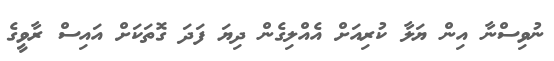
ނުވިސްނާ އިން ޔަލާ ކުރިއަށް އެއްލިގެން ދިޔަ ފަދަ ގޮތަކަށް އައިސް ރާވީގެ